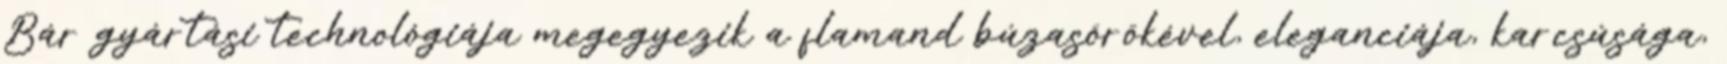
Bár gyártási technológiája megegyezik a flamand búzasörökével, eleganciája, karcsúsága,